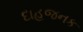
દાહજનક